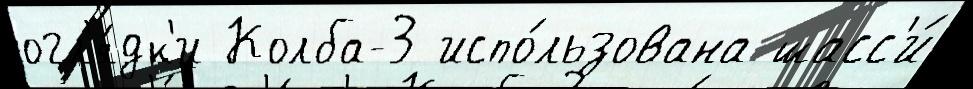
огл'я́дк'и Колба-3 испо́льзована шасс'и́